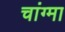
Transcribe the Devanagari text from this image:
चांग्मा